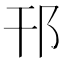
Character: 邗